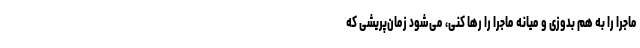
ماجرا را به هم بدوزی و میانه ماجرا را رها کنی، می‌شود زمان‌پریشی که